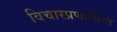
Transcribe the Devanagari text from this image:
विचारप्रणालींचा